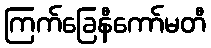
ကြက်ခြေနီကော်မတီ